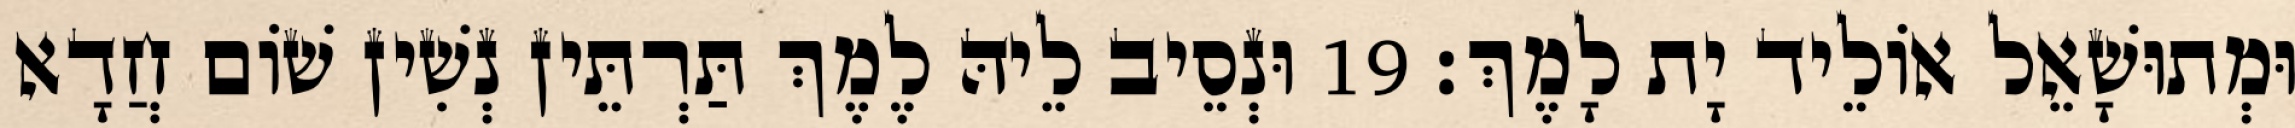
וּמְתוּשָׁאֵל אוֹלֵיד יָת לָמֶךְ׃ 19 וּנְסֵיב לֵיהּ לֶמֶךְ תַּרְתֵּין נְשִׁין שׁוֹם חֲדָא